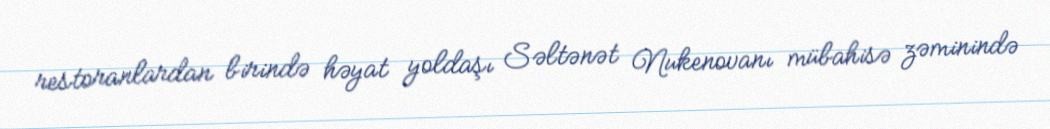
restoranlardan birində həyat yoldaşı Səltənət Nukenovanı mübahisə zəminində